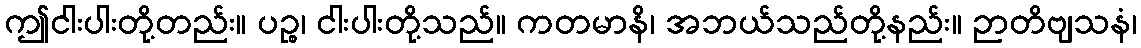
ဤငါးပါးတို့တည်း။ ပဉ္စ၊ ငါးပါးတို့သည်။ ကတမာနိ၊ အဘယ်သည်တို့နည်း။ ဉာတိဗျသနံ၊